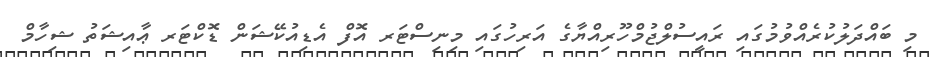
މި ބައްދަލުކުރެއްވުމުގައި ރައީސުލްޖުމްހޫރިއްޔާގެ އަރިހުގައި މިނިސްޓަރ އޮފް އެޑިއުކޭޝަން ޑޮކްޓަރ ޢާއިޝަތު ޝިހާމް